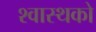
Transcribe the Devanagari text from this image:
श्वास्थको